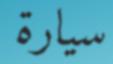
سيارة